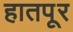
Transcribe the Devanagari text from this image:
हातपूर